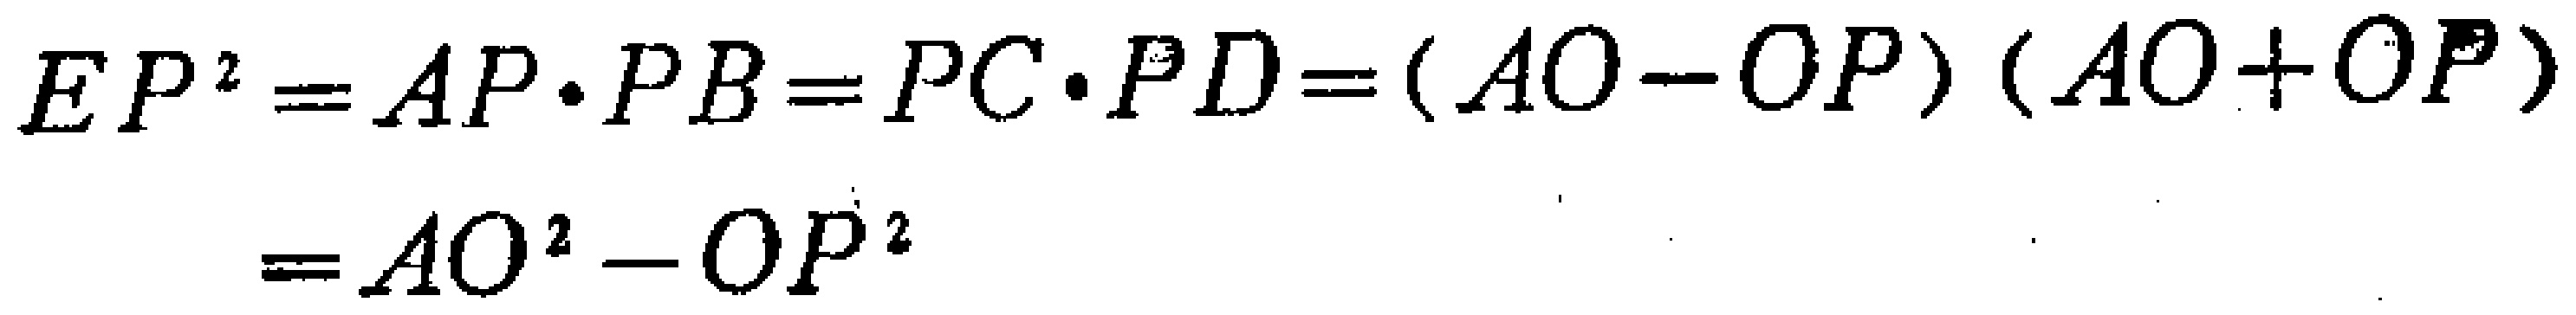
\[
\begin{align*}
EP^{2}&=AP\cdot PB = PC\cdot PD=(AO - OP)(AO + OP)\\
&=AO^{2}-OP^{2}
\end{align*}
\]